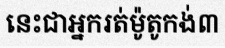
នេះជាអ្នករត់ម៉ូតូកង់៣